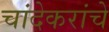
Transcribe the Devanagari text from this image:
चांदेकरांचे